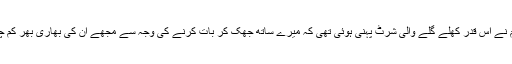
اس ظالم نے اس قدر کھلے گلے والی شرٹ پہنی ہوئی تھی کہ میرے ساتھ جھک کر بات کرنے کی وجہ سے مجھے ان کی بھاری بھر کم چھاتیاں ۔